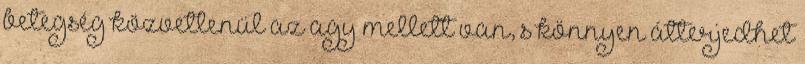
betegség közvetlenül az agy mellett van, s könnyen átterjedhet